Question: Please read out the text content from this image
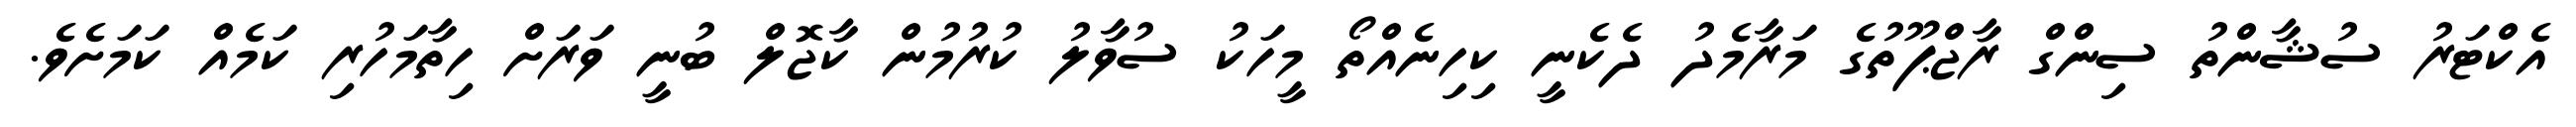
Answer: އެކްޓަރު ސުޝާންތު ސިންގް ރާޖްޕޫތުގެ މަރާމެދު ދެކެނީ ކިހިނެއްތޯ މީހަކު ސުވާލު ކުރުމުން ކާޖޮލް ބުނީ ވަރަށް ހިތާމަހުރި ކަމެއް ކަމަށެވެ.